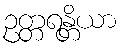
ဥတ္တရန္တိယာ